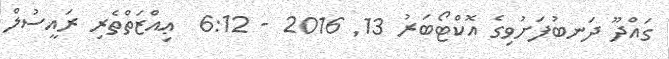
ގައްދޫ ދަނބުފަށުވިގެ އޮކްޓޯބަރު 13